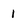
Character: 1